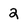
Character: 2